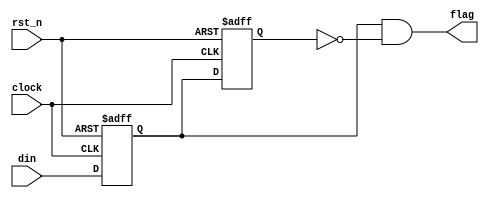
//
//Sync edge detection
//

module sync_edge_detect (
  clock,
  rst_n,
  din,
  flag
);

  input             clock;
  input             rst_n;
  input             din;
  output            flag;

  reg               d1;
  reg               d2;

  
  always @( posedge clock or negedge rst_n ) begin
    if(~rst_n) begin
      d1 <= 1'b0;
      d2 <= 1'b0;
    end
    else begin
      d1 <= din;
      d2 <= d1;
    end
  end

  //detect rising edge 
  assign flag = ( d1 & ~d2 );
//     //detect falling edge 
//    assign flag = ( ~d1 & d2 );
//     //detect rising edge & falling edge method1
//    assign flag = ( d1 & ~d2 ) | ( ~d1 & d2 );
//     //detect rising edge & falling edge method2
//    assign flag = ( d1 ^ d2 );

endmodule